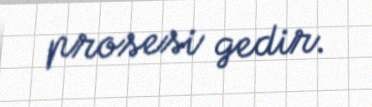
prosesi gedir.